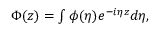
\begin{array} { r } { \Phi ( z ) = \int \phi ( \eta ) e ^ { - i \eta z } d \eta , } \end{array}